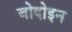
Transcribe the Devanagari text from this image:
बोदोइन